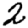
Digit: 2